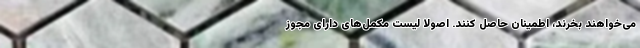
می‌خواهند بخرند، اطمینان حاصل کنند. اصولا لیست مکمل‌های دارای مجوز